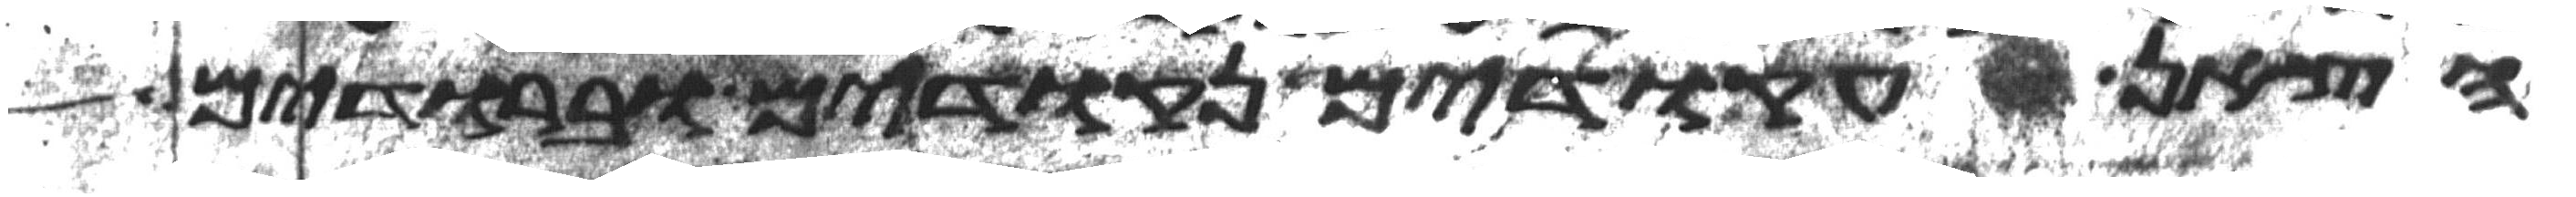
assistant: הצאן עקודים נקודים וברודים